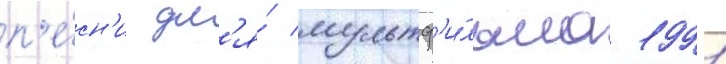
п'е́сн'и дл'я́ мультф'и́льма 1991